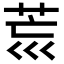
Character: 𦮋